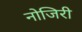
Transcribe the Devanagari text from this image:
नोजिरी